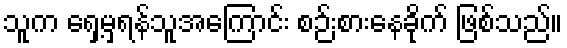
သူက ရှေ့မှရန်သူအကြောင်း စဉ်းစားနေခိုက် ဖြစ်သည်။